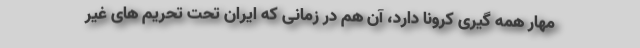
مهار همه گیری کرونا دارد، آن هم در زمانی که ایران تحت تحریم های غیر